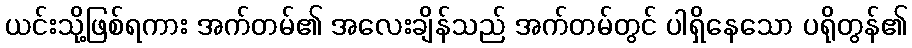
ယင်းသို့ဖြစ်ရကား အက်တမ်၏ အလေးချိန်သည် အက်တမ်တွင် ပါရှိနေသော ပရိုတွန်၏